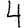
Digit: 4